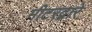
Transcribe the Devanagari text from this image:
मीटरद्वारे